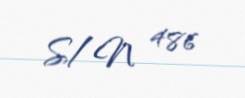
S/N 486